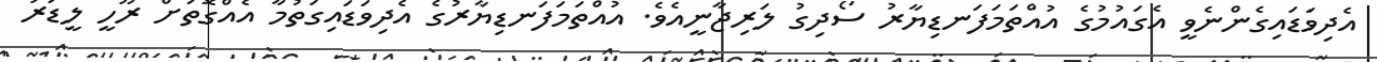
އެދިވަޑައިގެންނެވީ އެގައުމުގެ އުއްތަމަފަނޑިޔާރު ސޯދިގު ލަރިޖާނީއެވެ. އުއްތަމަފަނޑިޔާރުގެ އެދިވަޑައިގަތުމާ އެއްގޮތަށް ރޫހީ ލީޑަރު